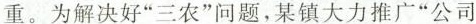
重。为解决好”三农”问题，某镇大力推广”公司